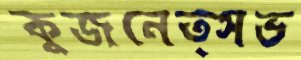
কুজনেত্সভ